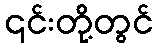
၎င်းတို့တွင်